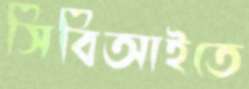
সিবিআইতে